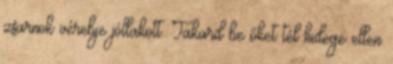
zsarnok vérebje jóllakott. Takard be őket tél hidege ellen